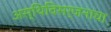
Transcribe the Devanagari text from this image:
अस्थिविसर्जनाचा